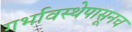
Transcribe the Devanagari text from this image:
गर्भावस्थेपासूनच